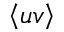
\left< u v \right>